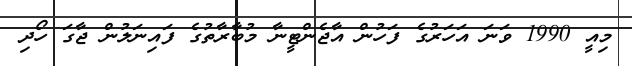
މިއީ 1990 ވަނަ އަހަރުގެ ފަހުން އާޖެންޓީނާ މުބާރާތުގެ ފައިނަލުން ޖާގަ ހޯދި